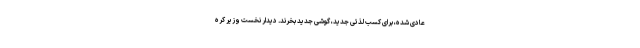
عادی شده، برای کسب لذتی جدید، گوشی جدید بخرند. دیدار نخست ‌وزیر کره